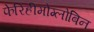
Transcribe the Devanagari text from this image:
फेरिहीमोग्लोबिन